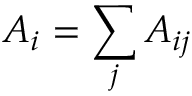
A _ { i } = \sum _ { j } A _ { i j }